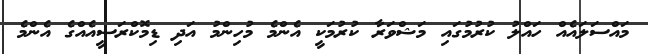
މައްސަލައެއް ހައްލު ކުރުމުގައި މަޝްވަރާ ކުރުމަކީ އެންމެ މުހިންމު އަދި ޑިމޮކްރަސީއެއްގެ އެންމެ